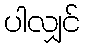
ပါလျှင်